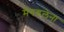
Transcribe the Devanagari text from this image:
मैगडलेना